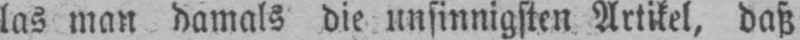
las man damals die unsinnigsten Artikel, daß